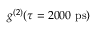
g ^ { ( 2 ) } ( \tau = 2 0 0 0 ~ \mathrm { p s ) }